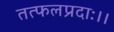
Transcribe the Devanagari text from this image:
तत्फलप्रदाः।।